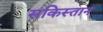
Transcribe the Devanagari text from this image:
सकिस्तान